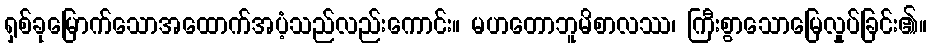
ရှစ်ခုမြောက်သောအထောက်အပံ့သည်လည်းကောင်း။ မဟတောဘူမိစာလဿ၊ ကြီးစွာသောမြေလှုပ်ခြင်း၏။